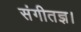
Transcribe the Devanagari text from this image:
संगीतज्ञ।